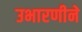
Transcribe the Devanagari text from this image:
उभारणीने